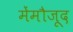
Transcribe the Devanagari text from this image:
मेंमौजूद